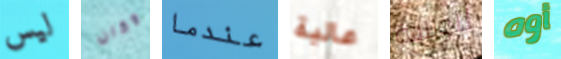
ليس وكان عندما عالية للولادة أوه